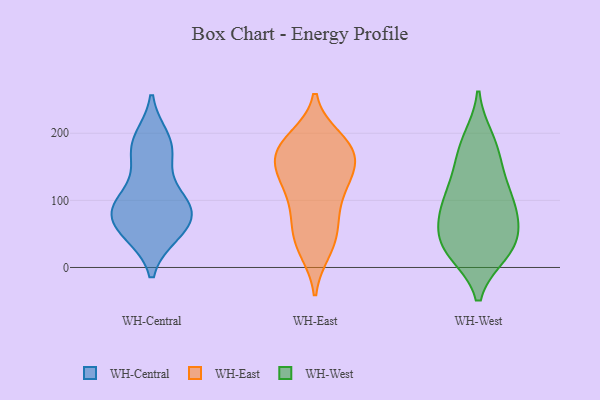
{"axis": {"x": "Bounce Rate (%)", "y": "Value"}, "legend": ["WH-Central", "WH-East", "WH-West"], "data": [{"x": "", "y": 184, "type": "WH-Central"}, {"x": "", "y": 157, "type": "WH-Central"}, {"x": "", "y": 100, "type": "WH-Central"}, {"x": "", "y": 51, "type": "WH-Central"}, {"x": "", "y": 80, "type": "WH-Central"}, {"x": "", "y": 94, "type": "WH-Central"}, {"x": "", "y": 53, "type": "WH-Central"}, {"x": "", "y": 191, "type": "WH-Central"}, {"x": "", "y": 178, "type": "WH-Central"}, {"x": "", "y": 52, "type": "WH-Central"}, {"x": "", "y": 77, "type": "WH-Central"}, {"x": "", "y": 84, "type": "WH-Central"}, {"x": "", "y": 102, "type": "WH-Central"}, {"x": "", "y": 43, "type": "WH-East"}, {"x": "", "y": 114, "type": "WH-East"}, {"x": "", "y": 111, "type": "WH-East"}, {"x": "", "y": 153, "type": "WH-East"}, {"x": "", "y": 189, "type": "WH-East"}, {"x": "", "y": 136, "type": "WH-East"}, {"x": "", "y": 66, "type": "WH-East"}, {"x": "", "y": 179, "type": "WH-East"}, {"x": "", "y": 127, "type": "WH-East"}, {"x": "", "y": 178, "type": "WH-East"}, {"x": "", "y": 25, "type": "WH-East"}, {"x": "", "y": 161, "type": "WH-East"}, {"x": "", "y": 84, "type": "WH-East"}, {"x": "", "y": 61, "type": "WH-East"}, {"x": "", "y": 27, "type": "WH-East"}, {"x": "", "y": 192, "type": "WH-East"}, {"x": "", "y": 165, "type": "WH-East"}, {"x": "", "y": 181, "type": "WH-East"}, {"x": "", "y": 143, "type": "WH-East"}, {"x": "", "y": 23, "type": "WH-West"}, {"x": "", "y": 97, "type": "WH-West"}, {"x": "", "y": 22, "type": "WH-West"}, {"x": "", "y": 35, "type": "WH-West"}, {"x": "", "y": 28, "type": "WH-West"}, {"x": "", "y": 87, "type": "WH-West"}, {"x": "", "y": 36, "type": "WH-West"}, {"x": "", "y": 191, "type": "WH-West"}, {"x": "", "y": 161, "type": "WH-West"}, {"x": "", "y": 125, "type": "WH-West"}, {"x": "", "y": 90, "type": "WH-West"}, {"x": "", "y": 67, "type": "WH-West"}, {"x": "", "y": 71, "type": "WH-West"}, {"x": "", "y": 183, "type": "WH-West"}, {"x": "", "y": 130, "type": "WH-West"}]}